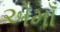
એમાઁ